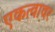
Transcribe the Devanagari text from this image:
एकत्वावर